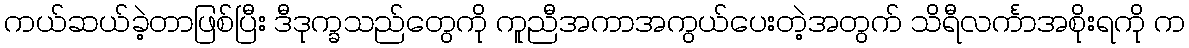
ကယ်ဆယ်ခဲ့တာဖြစ်ပြီး ဒီဒုက္ခသည်တွေကို ကူညီအကာအကွယ်ပေးတဲ့အတွက် သိရီလင်္ကာအစိုးရကို က